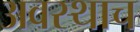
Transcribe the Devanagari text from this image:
अवस्थाच